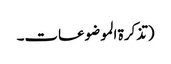
(تذکرۃ الموضوعات۔